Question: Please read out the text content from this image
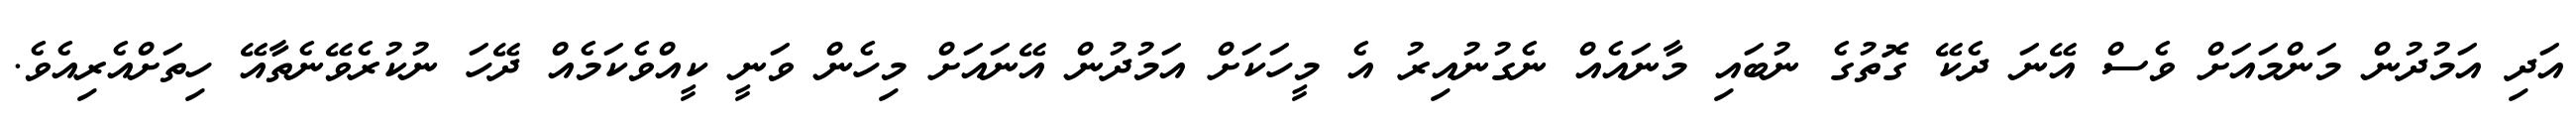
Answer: އަދި އަމުދުން މަންމައަށް ވެސް އޭނަ ދެކޭ ގޮތުގެ ނުބައި މާނައެއް ނެގުނުއިރު އެ މީހަކަށް އަމުދުން އޭނައަށް މިހެން ވަނީ ކީއްވެކަމެއް ދޭހަ ނުކުރެވޭނެތާއޭ ހިތަށްއެރިއެވެ.